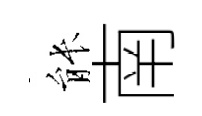
䏻南